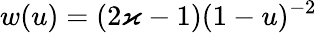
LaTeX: w(u)=(2\varkappa-1)(1-u)^{-2}